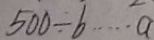
5 0 0 \div b \cdots a